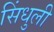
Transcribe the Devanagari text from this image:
सिंधुली